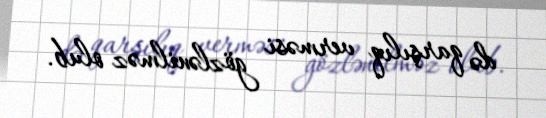
də qarşılıq verməsi gözlənilməz olub.